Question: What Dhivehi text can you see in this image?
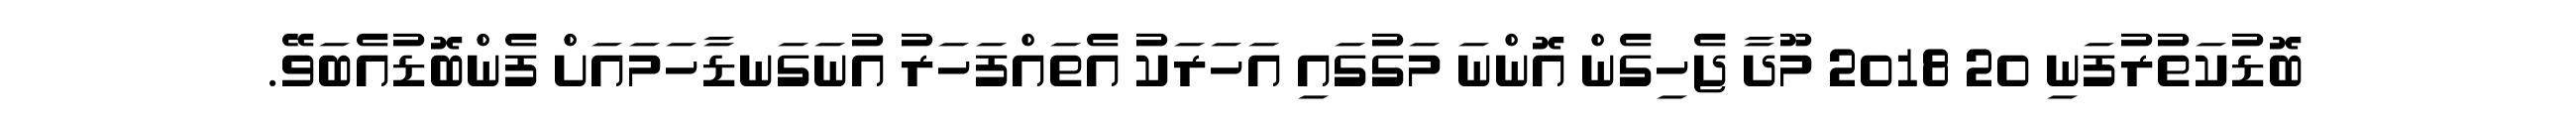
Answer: ބޮޑުކަތުރުފަނި 20 2018 މޫދާ ޖެހިގެން އޮންނަ މަގުގައި އަހަރަކު އެތައްފަހަރު އުނަގަނޑާހަމައަށް ފެންބޮޑުއެބަވޭ.